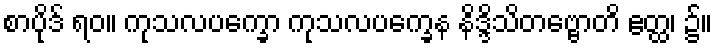
စာပိုဒ် ရဝ။ ကုသလပက္ခော ကုသလပက္ခေန နိဒ္ဒိသိတဗ္ဗောတိ ဧတ္ထ၊ ၌။